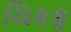
ચિકફ